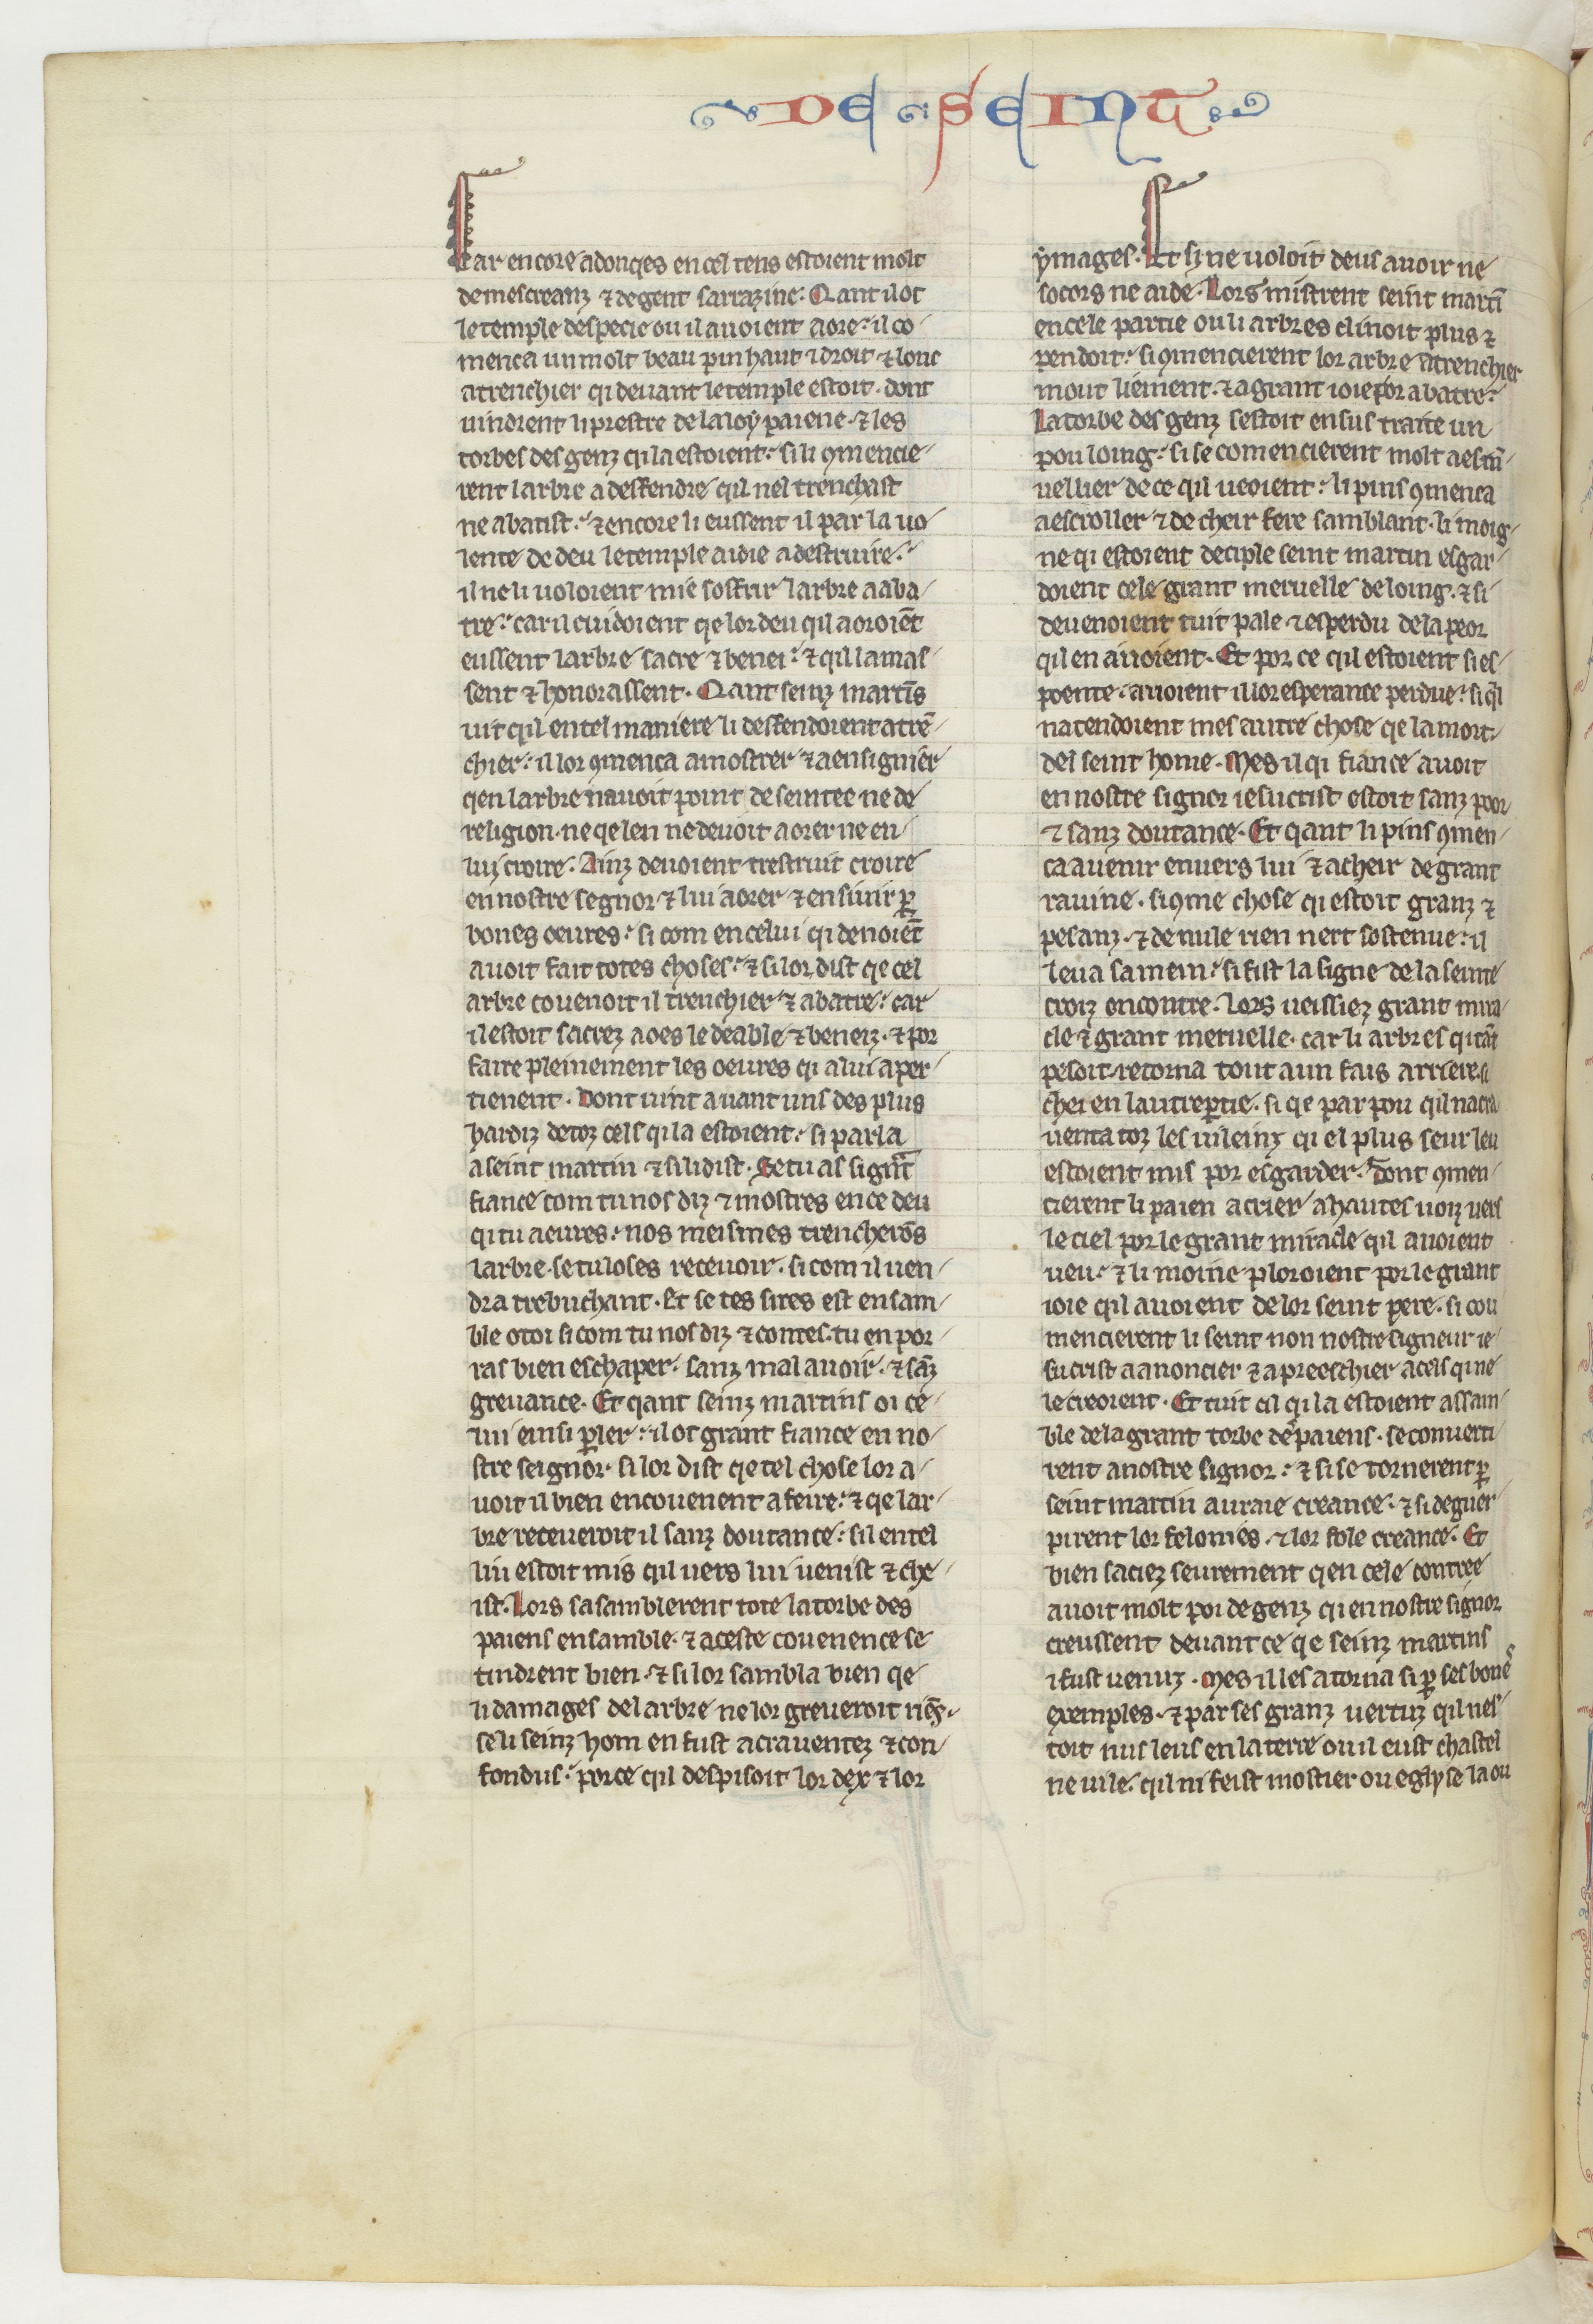
Shelfmark: Paris, BnF, fr. 412
Century: 13